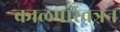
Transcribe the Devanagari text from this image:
कालपरिवत्रन